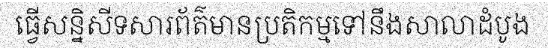
ធ្វើសន្និសីទសារព័ត៌មានប្រតិកម្មទៅនឹងសាលាដំបូង